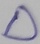
Text: D